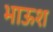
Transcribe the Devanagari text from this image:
भाऊश